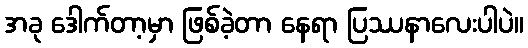
အခု ဒေါက်တာ့မှာ ဖြစ်ခဲ့တာ နေရာ ပြဿနာလေးပါပဲ။